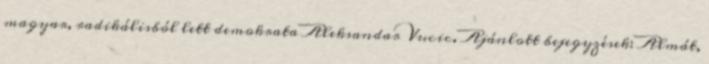
magyar, radikálisból lett demokrata Aleksandar Vucic. Ajánlott bejegyzések: Almát,